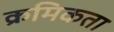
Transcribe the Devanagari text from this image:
क्रमिकता